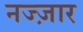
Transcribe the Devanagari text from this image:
नज्ज़ार